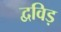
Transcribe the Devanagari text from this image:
द्वविड़